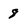
Character: 8